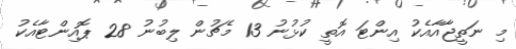
މި ނަތީޖާއާއެކު އިންޓަ އޮތީ ކުޅުނު 13 މެޗުން ލިބުނު 28 ޕޮއިންޓާއެކު